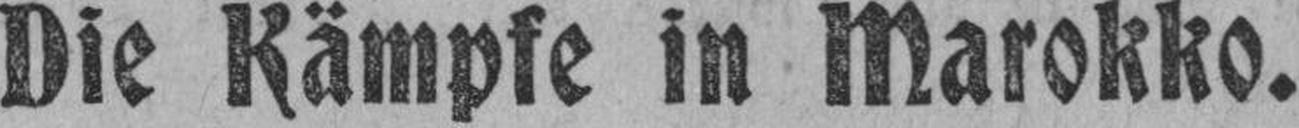
Die Kämpfe in Marokko.